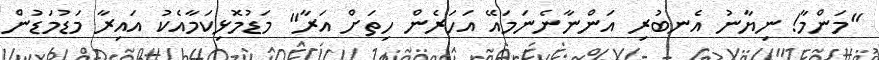
"މަންމާ! ނިޔާނު އެނބުރި އަންނާނެނަމައޭ އަހަރެން ހިތަށް އަރާ" މަޑުމޮޅިކަމާއެކު އައިރާ މަޑުމަޑުން